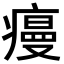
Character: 𭼡